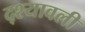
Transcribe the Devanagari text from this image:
द्श्यावली